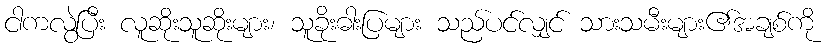
ငါကလွဲပြီး လူဆိုးသူဆိုးများ၊ သူခိုးဓါးပြများ သည်ပင်လျှင် သားသမီးများ၏အချစ်ကို